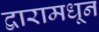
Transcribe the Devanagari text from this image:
द्वारामधून